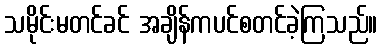
သမိုင်းမတင်ခင် အချိန်ကပင်စတင်ခဲ့ကြသည်။